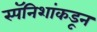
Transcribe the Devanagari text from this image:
स्पॅनिशांकडून